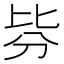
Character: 𣬄